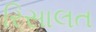
રિસાલત